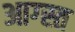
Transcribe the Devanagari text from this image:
आग्स्त